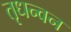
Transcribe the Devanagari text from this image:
तृधन्वन